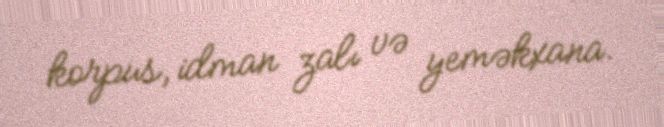
korpus, idman zalı və yeməkxana.